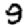
Digit: 9